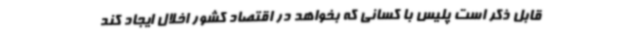
قابل ذکر است پلیس با کسانی که بخواهد در اقتصاد کشور اخلال ایجاد کند